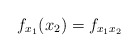
\begin{align*} f_{x_1}(x_2) = f_{x_1 x_2}\end{align*}